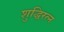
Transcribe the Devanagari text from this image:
शुद्धिरत्न